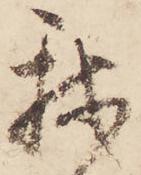
我